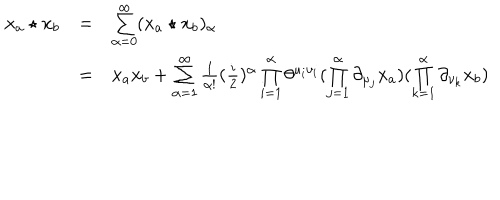
LaTeX: \begin{array} { l c l } { { x _ { a } \star x _ { b } } } & { { = } } & { { \sum _ { \alpha = 0 } ^ { \infty } ( x _ { a } \star x _ { b } ) _ { \alpha } } } \\ { { } } & { { = } } & { { x _ { a } x _ { b } + \sum _ { { \alpha } = 1 } ^ { \infty } \frac { 1 } { \alpha ! } ( \frac { i } { 2 } ) ^ { \alpha } \prod _ { i = 1 } ^ { \alpha } \theta ^ { \mu _ { i } \nu _ { i } } ( \prod _ { j = 1 } ^ { \alpha } \partial _ { \mu _ { j } } x _ { a } ) ( \prod _ { k = 1 } ^ { \alpha } \partial _ { \nu _ { k } } x _ { b } ) } } \\ \end{array}